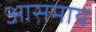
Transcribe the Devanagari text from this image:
आसमाय